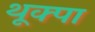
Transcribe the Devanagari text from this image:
थूक्‍पा